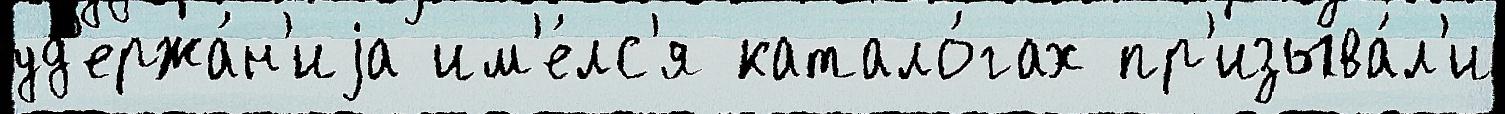
уд'ержа́н'иjа им'е́лс'я катало́гах пр'изыва́л'и